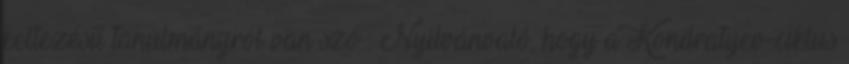
keltezésű tanulmányról van szó . Nyilvánvaló, hogy a Kondratyev-ciklus